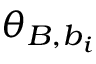
\theta _ { B , b _ { i } }